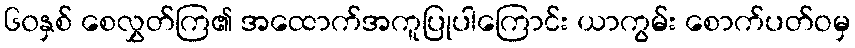
၆၀နှစ် စေလွှတ်ကြ၏ အထောက်အကူပြုပါကြောင်း ယာကွမ်း စောက်ပတ်ဝမှ